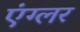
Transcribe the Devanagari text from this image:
एंग्लर